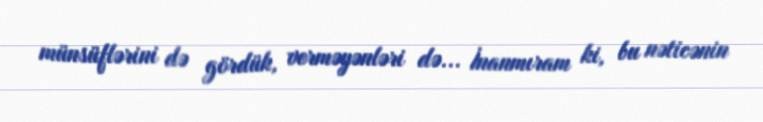
münsüflərini də gördük, verməyənləri də... İnanmıram ki, bu nəticənin